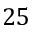
2 5